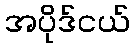
အပိုဒ်ငယ်